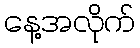
နေ့အလိုက်